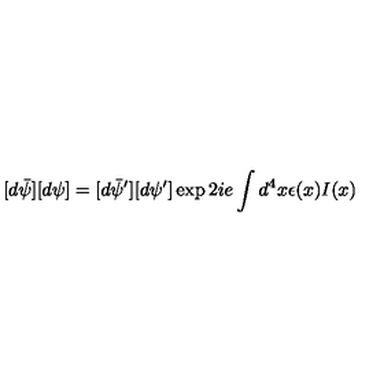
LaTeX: [ d \bar { \psi } ] [ d \psi ] = [ d \bar { \psi } ^ { \prime } ] [ d \psi ^ { \prime } ] \exp { 2 i e \int d ^ { 4 } x \epsilon ( x ) I ( x ) }